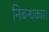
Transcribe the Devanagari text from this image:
निबन्धकार।